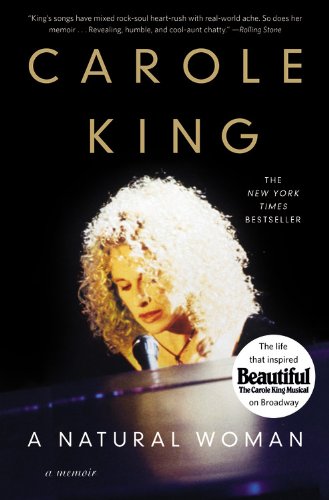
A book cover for A Natural Woman: A Memoir; Carole King; Biographies & Memoirs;